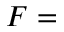
F =